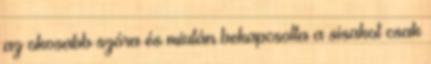
az okosabb szóra és miután bekapcsolta a sisakot csak